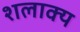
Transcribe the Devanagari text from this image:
शलाक्य